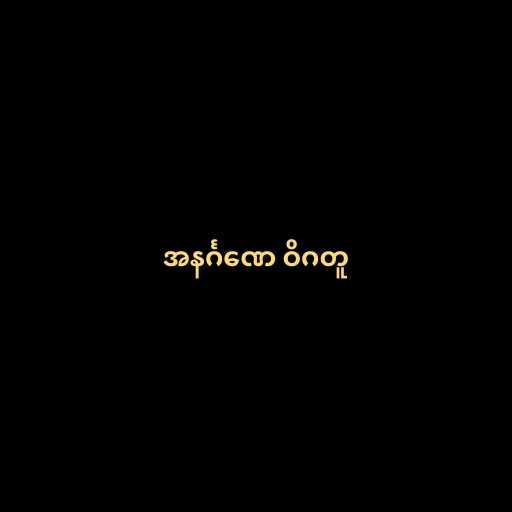
အနင်္ဂဏေ ဝိဂတူ